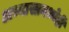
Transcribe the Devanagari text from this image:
अभ्यासामध्येही